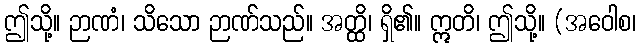
ဤသို့။ ဉာဏံ၊ သိသော ဉာဏ်သည်။ အတ္ထိ၊ ရှိ၏။ ဣတိ၊ ဤသို့။ (အဝေါစ၊